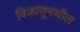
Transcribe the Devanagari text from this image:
विजाणूमधील